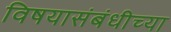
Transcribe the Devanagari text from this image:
विषयासंबंधीच्या